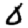
Digit: 0